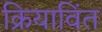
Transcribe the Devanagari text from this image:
क्रियाविंत